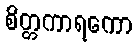
စိတ္တကာရကော